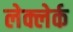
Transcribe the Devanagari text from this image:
लेक्लेर्क